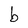
Character: b